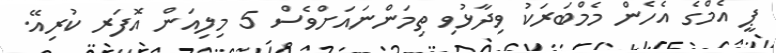
ޕީ އެމްގެ އެހެން މެމްބަރަކު ވިދާޅުވި ތިމަންނައަށްވެސް 5 މިލިއަން އޮފަރ ކުރިއޭ.